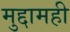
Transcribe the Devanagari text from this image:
मुद्दामही